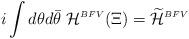
LaTeX: \begin{align*}i\int d\theta d\bar{\theta}\; {\cal H}^{\scriptscriptstyle BFV}(\Xi)=\widetilde{\cal{H}}^{\scriptscriptstyle BFV}\end{align*}